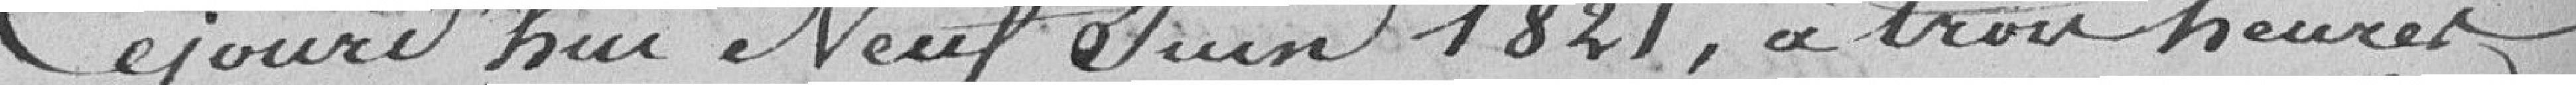
Aujourd'hui Neuf Juin 1821, à trois heures